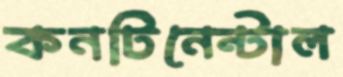
কনটিনেন্টাল